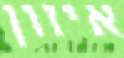
איזון